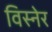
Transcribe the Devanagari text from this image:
विस्नेर